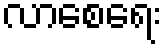
လာစေရေး